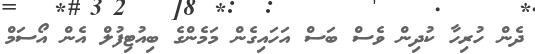
ދެން ހުރިހާ ކުދިން ވެސް ބަސް އަހައިގެން މަމެންގެ ބިއުޓިފުލް އެން އޯސަމް